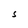
Character: S